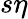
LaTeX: s\eta